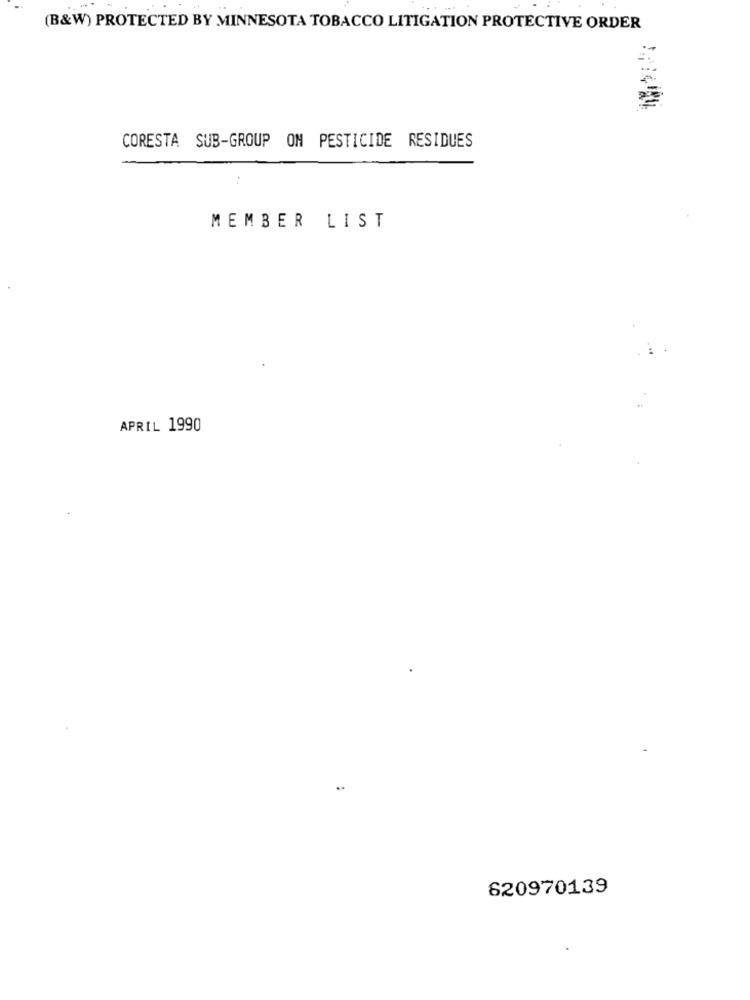
(B&W) PROTECTED BY MINNESOTA TOBACCO LITIGATION PROTECTIVE ORDER
CORESTA SUB-GROUP ON PESTICIDE RESIDUES
:
MEMBER LIST
APRIL 1990
620970139